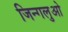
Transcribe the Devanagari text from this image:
जिन्गलुओ